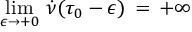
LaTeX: \operatorname * { l i m } _ { \epsilon \rightarrow + 0 } \, \dot { \nu } ( \tau _ { 0 } - \epsilon ) \, = \, + \infty